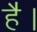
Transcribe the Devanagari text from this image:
हे॑।